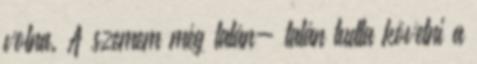
volna. A szemem még talán- talán tudta követni a